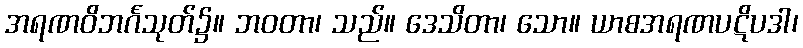
အရဏဝိဘင်္ဂသုတ်၌။ ဘဝတာ၊ သည်။ ဒေသိတာ၊ သော။ ယာစအရဏပဋိပဒါ၊